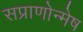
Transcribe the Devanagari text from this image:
सप्राणोन्मेष